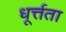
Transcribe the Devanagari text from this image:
धूर्त्तता